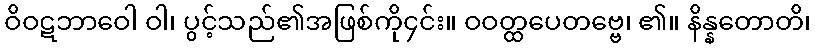
ဝိဝဋဘာဝေါ ဝါ၊ ပွင့်သည်၏အဖြစ်ကို၄င်း။ ဝဝတ္ထပေတဗ္ဗေ၊ ၏။ နိန္နတောတိ၊